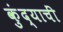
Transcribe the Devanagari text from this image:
कुंद्याचीं